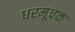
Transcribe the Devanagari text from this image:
धरमूचक